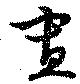
？